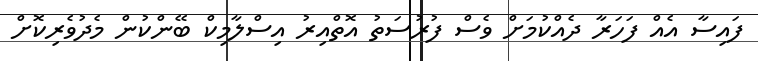
ފައިސާ އެއް ފަހަރާ ދެއްކުމަށް ވެސް ފުރުސަތު އޮތްއިރު އިސްލާމިކް ބޭންކުން މެދުވެރިކޮށް